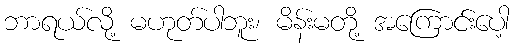
ဘာရယ်လို့ မဟုတ်ပါဘူး၊ မိန်းမတို့ အကြောင်းပေါ့